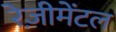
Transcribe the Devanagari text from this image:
रेज़ीमेंटल